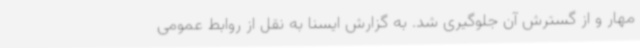
مهار و از گسترش آن جلوگیری شد. به گزارش ایسنا به نقل از روابط عمومی